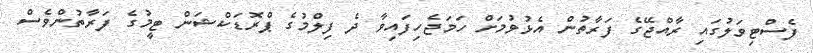
ފެސްޓިވަލުގައި ރާއްޖޭގެ ފަރާތުން އެޅުވުމަށް ހަމަޖެހިފައިވާ ދެ ފިލްމުގެ ޕްރޮޑަކްޝަން ޓީމުގެ ފަރާތުންވެސް